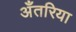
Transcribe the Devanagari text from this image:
अँतरिया